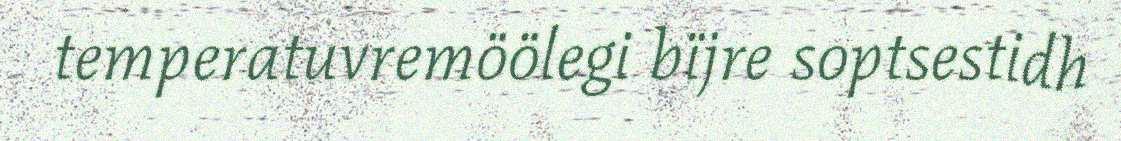
temperatuvremöölegi bïjre soptsestidh